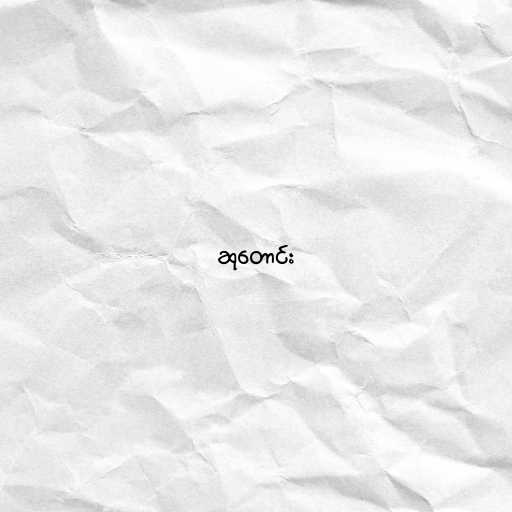
ဆုတောင်း